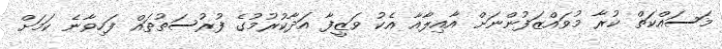
މަސައްކަތް ކުރާ މުވައްޒަފުންނަށް އާއިލާއާ އެކު ވަޒީފާ އަދާކުރުމުގެ ފުރުސަތުތައް ފަހިވާނެ ކަމަށް